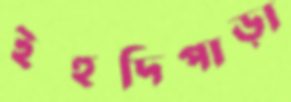
ইহুদিপাড়া